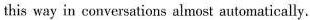
this way in conversations almost automatically.